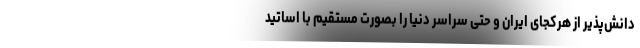
دانش‌پذیر از هرکجای ایران و حتی سراسر دنیا را بصورت مستقیم با اساتید